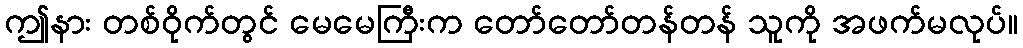
ဤနား တစ်ဝိုက်တွင် မေမေကြီးက တော်တော်တန်တန် သူကို အဖက်မလုပ်။